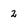
Character: 2